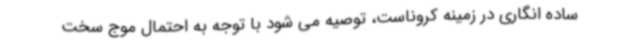
ساده انگاری در زمینه کروناست، توصیه می شود با توجه به احتمال موج سخت